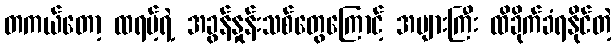
တကယ်တော့ ထရမ့်ရဲ့ အခွန်နှုန်းသစ်တွေကြောင့် အများကြီး ထိခိုက်ခံရနိုင်တဲ့